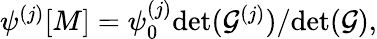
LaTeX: \begin{array}{r}{\psi^{(j)}[M]=\psi_{0}^{(j)}{\operatorname*{det}(\mathcal{G}^{(j)})}/{\operatorname*{det}(\mathcal{G})},}\end{array}